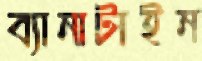
ব্যানাটাইন